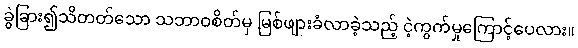
ခွဲခြား၍သိတတ်သော သဘာဝစိတ်မှ မြစ်ဖျားခံလာခဲ့သည့် ငဲ့ကွက်မှုကြောင့်ပေလား။